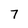
Character: 7